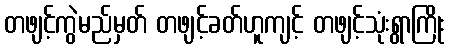
တဖျင့်ကွဲမည်မှတ် တဖျင့်ခတ်ဟူကျင့် တဖျင့်သုံးရွာကြိုး